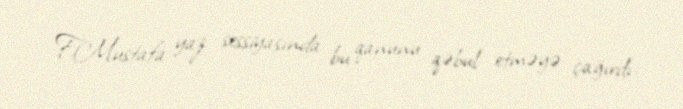
F.Mustafa yaz sessiyasında bu qanunu qəbul etməyə çağırdı.